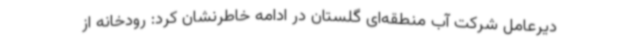
دیرعامل شرکت آب منطقه‌ای گلستان در ادامه خاطرنشان کرد: رودخانه از